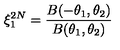
\xi _ { 1 } ^ { 2 N } = \frac { B ( - \theta _ { 1 } , \theta _ { 2 } ) } { B ( \theta _ { 1 } , \theta _ { 2 } ) }